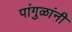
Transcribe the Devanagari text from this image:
पांगुळांनी